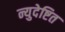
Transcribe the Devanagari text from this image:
न्युदेष्टित